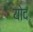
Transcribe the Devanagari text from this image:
योद